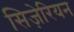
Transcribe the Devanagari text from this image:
सिज़ेरियन